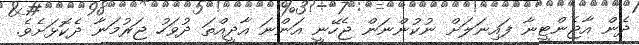
ދެން އާޖެންޓީނާ ފައިނަލަށް ނުކުންނަން ޖެހޭނީ އަންނަ އާދީއްތަ ދުވަހު ޖަރުމަނާ ދެކޮޅަށެވެ.